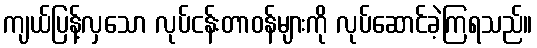
ကျယ်ပြန့်လှသော လုပ်ငန်းတာဝန်များကို လုပ်ဆောင်ခဲ့ကြရသည်။